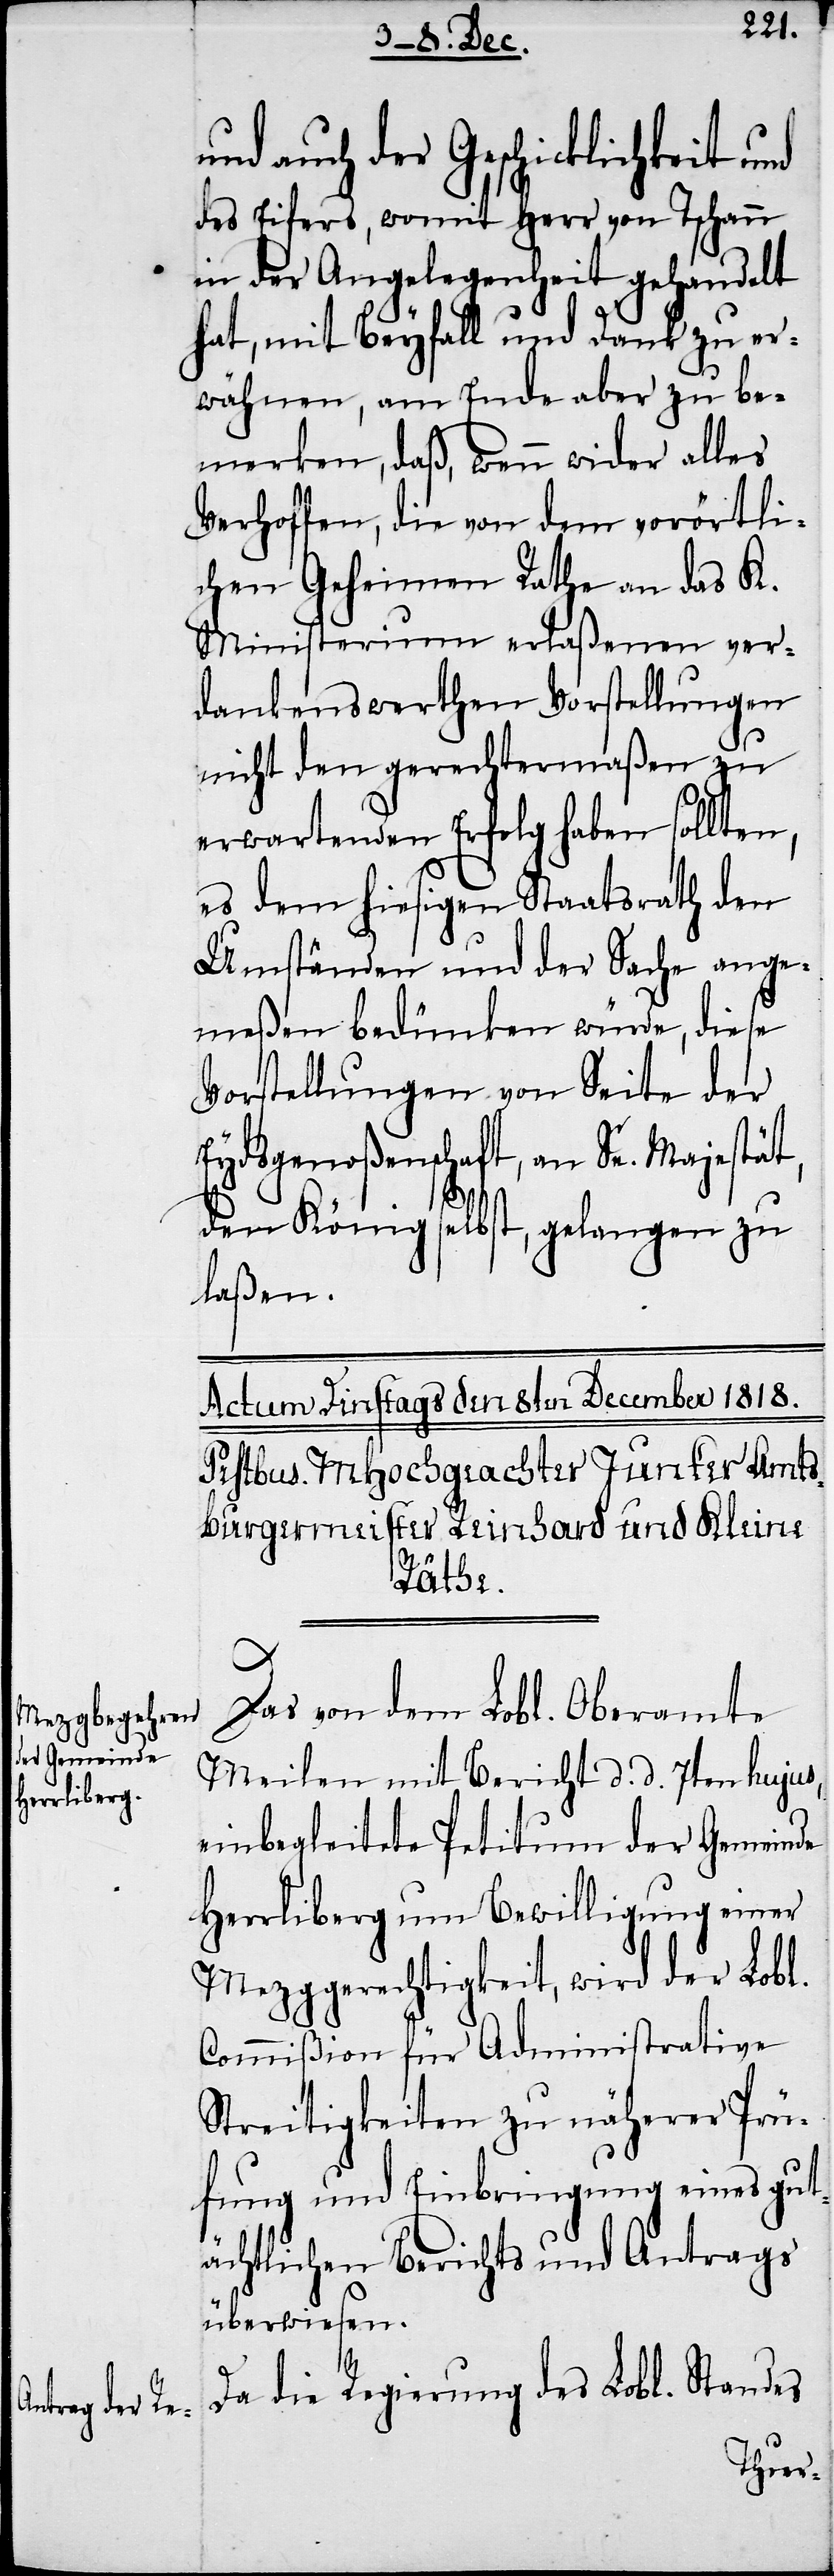
und auch der Geschicklichkeit und
des Eifers, womit Herr von Tschann
in der Angelegenheit gehandelt
hat, mit Beyfall und Dank zu er¬
wähnen, am Ende aber zu be¬
merken, daß, wenn wider alles
Verhoffen, die von dem vorörtli¬
chen Geheimen Rathe an das K.
Ministerium erlaßenen ver¬
dankenswerthen Vorstellungen
nicht den gerechtermaßen zu
erwartenden Erfolg haben sollten,
es dem hiesigen Staatsrath den
Umständen und der Sache ange¬
meßen bedünken würde, diese
Vorstellungen von Seite der
Eydsgenoßenschaft, an Se. Majestät,
den König selbst, gelangen zu
laßen.
Das von dem Lobl. Oberamte
Meilen mit Bericht d. d. 7ten hujus,
einbegleitete Petitum der Gemeinde
Herrliberg um Bewilligung einer
Mezggerechtigkeit, wird der Lobl.
Commißion für Administrative
Streitigkeiten zu näherer Prü¬
fung und Einbringung eines gut¬
ächtlichen Berichts und Antrags
überwiesen.
Da die Regierung des Lobl. Standes